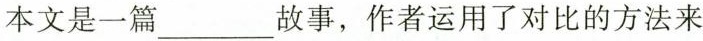
本文是一篇___故事，作者运用了对比的方法来